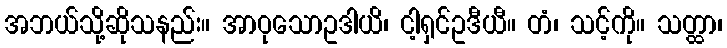
အဘယ်သို့ဆိုသနည်း။ အာဝုသောဥဒါယိ၊ ငါ့ရှင်ဥဒီယီ။ တံ၊ သင့်ကို။ သတ္ထာ၊